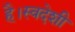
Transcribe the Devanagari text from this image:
है।स्वदेशी